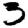
Digit: 3